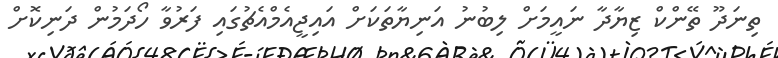
ތިނަދޫ ތޭންކް ޒިޔާދާ ނައީމަށް ލިބުނު އަނިޔާތަކަށް އައިޖީއެމްއެޗުގައި ފަރުވާ ހޯދަމުން ދަނިކޮށް